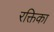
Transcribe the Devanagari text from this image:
रक्तिका